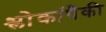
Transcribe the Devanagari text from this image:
श्लोकांपैकी